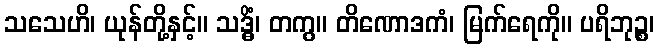
သသေဟိ၊ ယုန်တို့နှင့်။ သဒ္ဓိံ၊ တကွ။ တိဏောဒကံ၊ မြက်ရေကို။ ပရိဘုဉ္စ၊